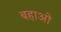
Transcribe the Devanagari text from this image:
बहाओ